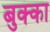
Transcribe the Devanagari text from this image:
बुक्‍का